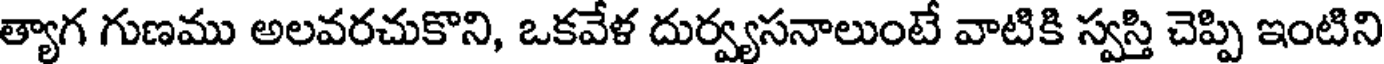
త్యాగ గుణము అలవరచుకొని, ఒకవేళ దుర్వ్యసనాలుంటే వాటికి స్వస్తి చెప్పి ఇంటిని